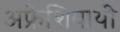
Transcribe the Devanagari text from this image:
अफ्रेशियायी